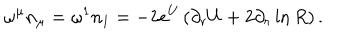
LaTeX: \omega ^ { \mu } n _ { \mu } = \omega ^ { 1 } n _ { 1 } = - 2 e ^ { U } \left( \partial _ { r } U + 2 \partial _ { r } \ln R \right) .